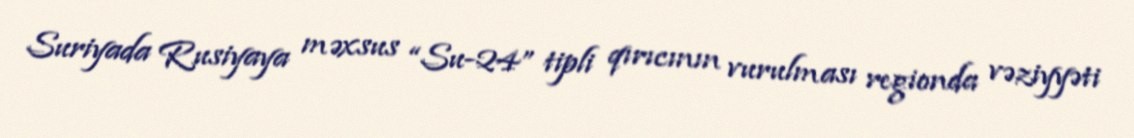
Suriyada Rusiyaya məxsus “Su-24” tipli qırıcının vurulması regionda vəziyyəti